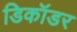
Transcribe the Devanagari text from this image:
डिकॉडर